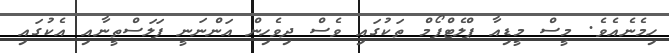
ހިމެނެއެވެ. މީސް މީޑިއާ ޕްލެޓްފޯމް ތަކުގައި ވެސް ދިވެހިން އަންނަނީ ފަލަސްތީނާއި އެކުގައި